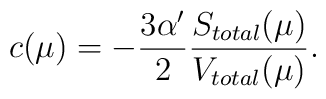
c(\mu) = -\frac{3\alpha'}2\frac{S_{total}(\mu)}{V_{total}(\mu)}.